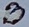
Text: B